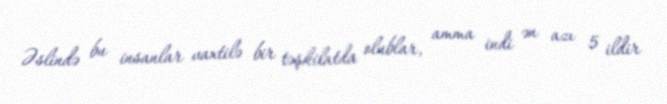
Əslində bu insanlar vaxtilə bir təşkilatda olublar, amma indi ən azı 5 ildir